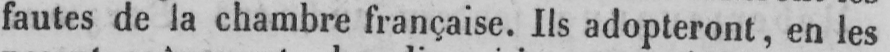
fautes de la chambre française. Ils adopteront, en les